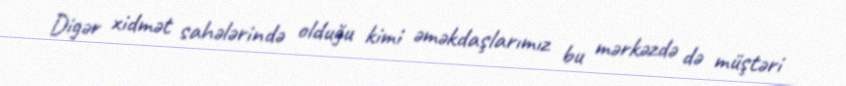
Digər xidmət sahələrində olduğu kimi əməkdaşlarımız bu mərkəzdə də müştəri